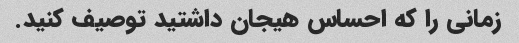
زمانی را که احساس هیجان داشتید توصیف کنید.